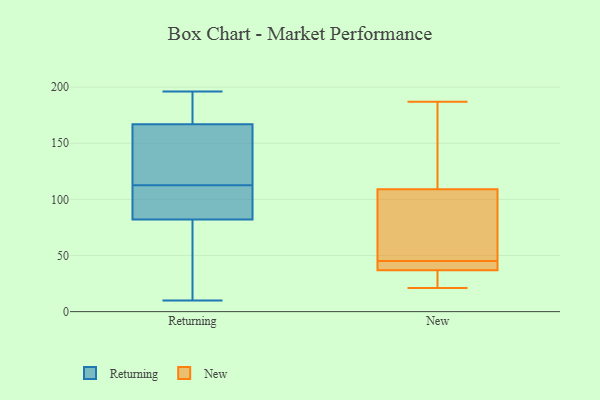
{"axis": {"x": "Headcount", "y": "Value"}, "legend": ["New", "Returning"], "data": [{"x": "", "y": 116, "type": "Returning"}, {"x": "", "y": 189, "type": "Returning"}, {"x": "", "y": 96, "type": "Returning"}, {"x": "", "y": 109, "type": "Returning"}, {"x": "", "y": 84, "type": "Returning"}, {"x": "", "y": 10, "type": "Returning"}, {"x": "", "y": 126, "type": "Returning"}, {"x": "", "y": 196, "type": "Returning"}, {"x": "", "y": 178, "type": "Returning"}, {"x": "", "y": 80, "type": "Returning"}, {"x": "", "y": 57, "type": "Returning"}, {"x": "", "y": 156, "type": "Returning"}, {"x": "", "y": 73, "type": "New"}, {"x": "", "y": 40, "type": "New"}, {"x": "", "y": 21, "type": "New"}, {"x": "", "y": 118, "type": "New"}, {"x": "", "y": 36, "type": "New"}, {"x": "", "y": 25, "type": "New"}, {"x": "", "y": 39, "type": "New"}, {"x": "", "y": 82, "type": "New"}, {"x": "", "y": 187, "type": "New"}, {"x": "", "y": 122, "type": "New"}, {"x": "", "y": 45, "type": "New"}]}